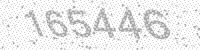
Solution: 165446